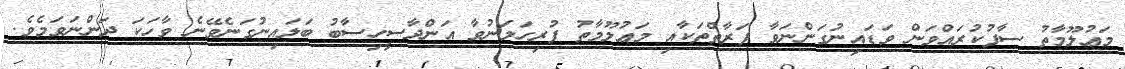
މަޢުލޫމާތު ސާފުކުރައްވަން ވަޑައިނުގަންނަވާ ފަރާތްތަކާއި މަޢުލޫމާތު ފުރިހަމަނުވާ އަންދާސީހިސާބު ބަލައިނުގަނެވޭނެ ވާހަކަ ދަންނަވަމެވެ.